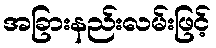
အခြားနည်းလမ်းဖြင့်